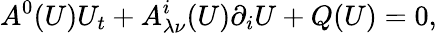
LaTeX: A^{0}(U)U_{t}+A_{\lambda\nu}^{i}(U)\partial_{i}U+Q(U)=0,